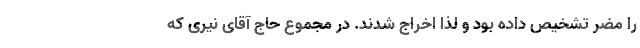
را مضر تشخیص داده بود و لذا اخراج شدند. در مجموع حاج آقای نیری که